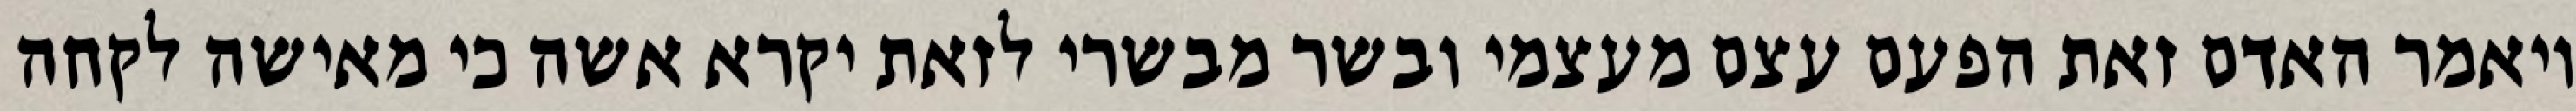
ויאמר האדם זאת הפעם עצם מעצמי ובשר מבשרי לזאת יקרא אשה כי מאישה לקחה